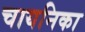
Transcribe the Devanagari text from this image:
चायनिका